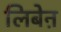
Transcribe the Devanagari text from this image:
लिबेऩ